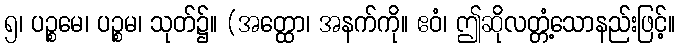
၅၊ ပဉ္စမေ၊ ပဉ္စမ၊ သုတ်၌။ (အတ္ထော၊ အနက်ကို။ ဧဝံ၊ ဤဆိုလတ္တံ့သောနည်းဖြင့်။